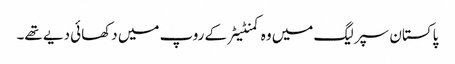
پاکستان سپر لیگ میں وہ کمنٹیٹر کے روپ میں دکھائی دیے تھے۔